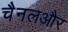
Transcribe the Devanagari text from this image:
चैनलऔर